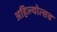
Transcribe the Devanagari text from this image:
अहिल्योत्सव